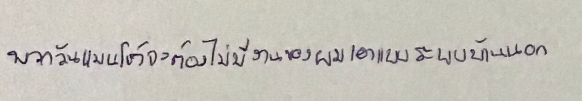
พวกวันแมนโชว์จะต้องไม่มีงานของผมเอาแบบระบบบ้านนอก